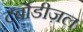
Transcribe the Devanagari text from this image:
टर्बोडीज़ल